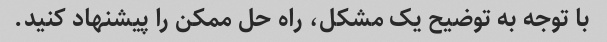
با توجه به توضیح یک مشکل، راه حل ممکن را پیشنهاد کنید.